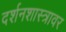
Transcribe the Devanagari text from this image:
दर्शनशास्त्रावर